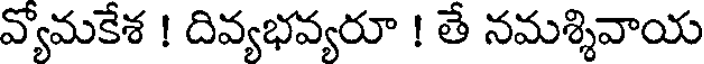
వ్యోమకేశ ! దివ్యభవ్యరూ ! తే నమశ్శివాయ